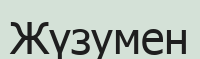
Жүзумен